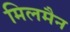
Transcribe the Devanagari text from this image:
मिलमैन